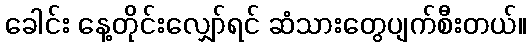
ခေါင်း နေ့တိုင်းလျှော်ရင် ဆံသားတွေပျက်စီးတယ်။